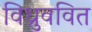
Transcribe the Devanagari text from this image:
विध्रुववित